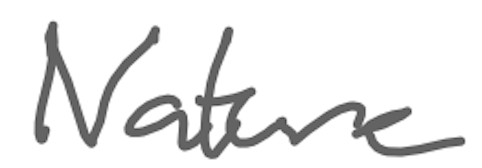
Text: Nature
Cross-out: clean
Writing tool: digital_gray